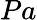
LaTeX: Pa